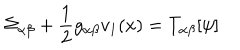
LaTeX: \Sigma _ { \alpha \beta } + \frac { 1 } { 2 } g _ { \alpha \beta } v _ { 1 } ( x ) = T _ { \alpha \beta } [ \psi ]